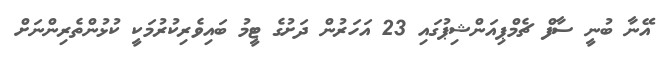
އޭނާ ބުނީ ސާފް ޗެމްޕިއަންޝިޕުގައި 23 އަހަރުން ދަށުގެ ޓީމު ބައިވެރިކުރުމަކީ ކުޅުންތެރިންނަށް